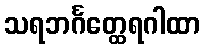
သရဘင်္ဂတ္ထေရဂါထာ